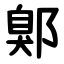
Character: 鄓